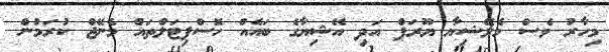
މިހާރު ވެސް މެލޭޝިޔާ ޔޫރަޕް އަދި އޭޝިޔާގެ ބައެއް ހޮސްޕިޓަލްތައް މެނޭޖް ކުރަމުން